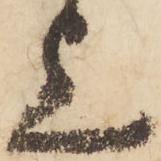
上